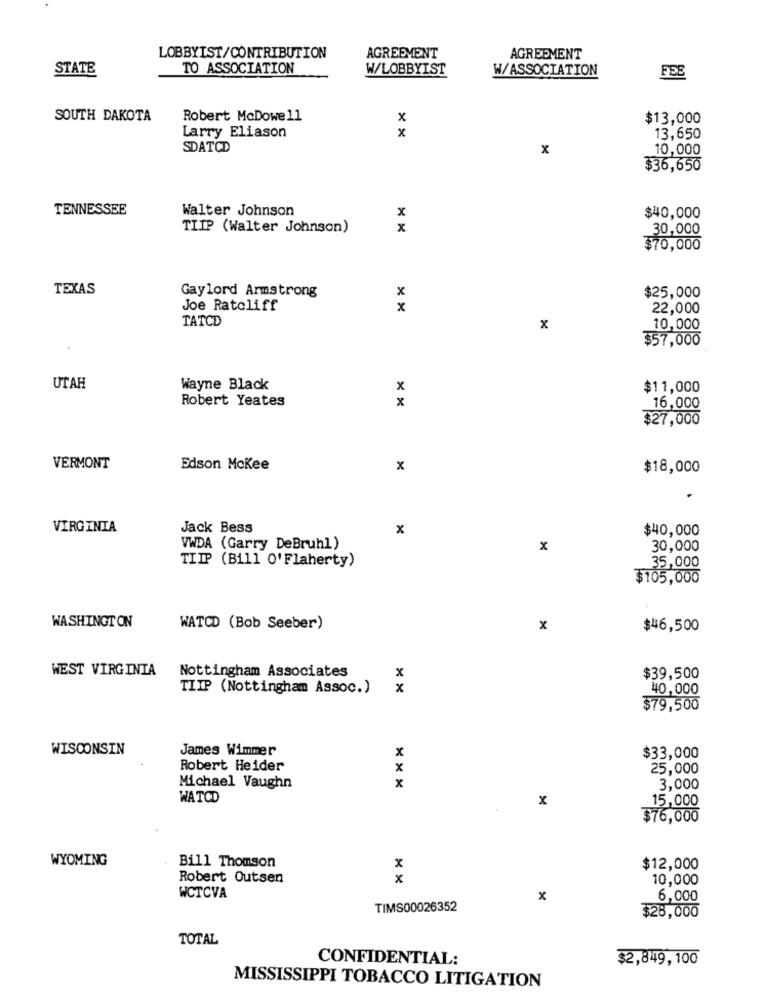
LOBBYIST/CONTRIBUTION
AGREEMENT
AGREEMENT
STATE
TO ASSOCIATION
W/LOBBYIST
W/ASSOCIATION
FEE
SOUTH DAKOTA
Robert McDowell
x
$13,000
x
Larry Eliason
13,650
SDATCD
x
10,000
$36,650
TENNESSEE
Walter Johnson
x
$40,000
TIIP (Walter Johnson)
x
30,000
$70,000
TEXAS
Gaylord Armstrong
x
$25,000
Joe Ratcliff
x
22,000
TATCD
x
10,000
$57,000
UTAH
Wayne Black
x
$11,000
Robert Yeates
x
16,000
$27,000
VERMONT
Edson Mckee
x
$18,000
VIRGINIA
Jack Bess
x
$40,000
VWDA (Garry DeBruhl)
x
30,000
TIIP (Bill O'Flaherty)
35,000
$105,000
WASHINGTON
WATCD (Bob Seeber)
x
$46,500
WEST VIRGINIA
Nottingham Associates
x
$39,500
TIIP (Nottingham Assoc.)
x
40,000
$79,500
WISCONSIN
James Wimmer
x
$33,000
Robert Heider
x
25,000
x
Michael Vaughn
3,000
WATCD
x
15,000
$76,000
WYOMING
Bill Thomson
x
$12,000
Robert Outsen
x
10,000
WCTCVA
x
6,000
TIMS00026352
$28,000
TOTAL
CONFIDENTIAL:
$2,849,100
MISSISSIPPI TOBACCO LITIGATION